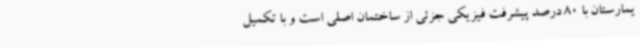
یمارستان با 80 درصد پیشرفت فیزیکی جزئی از ساختمان اصلی است و با تکمیل